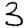
Digit: 3